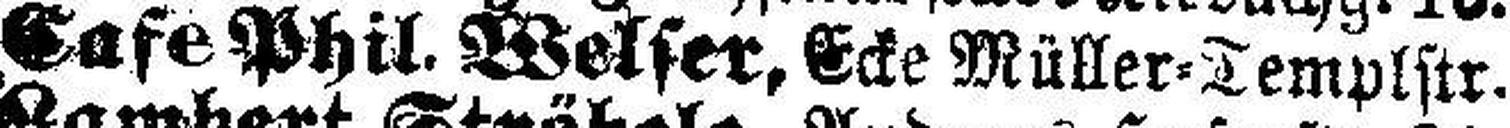
Cafe Phil, Welser, Ecke Müller=Templstr.